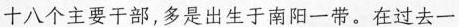
十八个主要干部，多是出生于南阳一带。在过去一